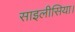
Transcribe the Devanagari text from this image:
साइलीसिया।